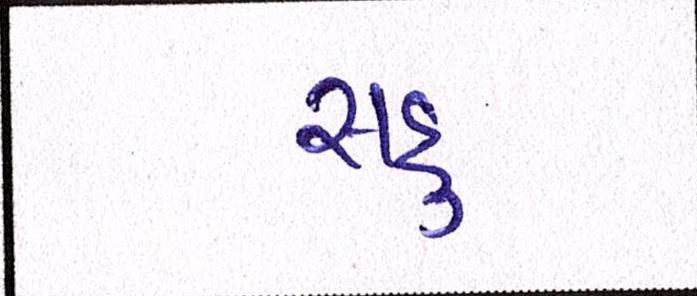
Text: સહુ